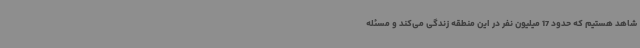
شاهد هستیم که حدود 17 میلیون نفر در این منطقه زندگی می‌کند و مسئله